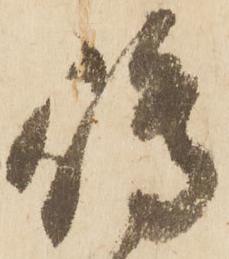
嶋